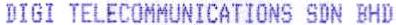
DIGI TELECOMMUNICATIONS SDN BHD